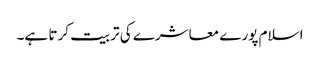
اسلام پورے معاشرے کی تربیت کرتا ہے۔